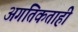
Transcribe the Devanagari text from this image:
अगतिकताही